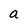
Character: a